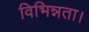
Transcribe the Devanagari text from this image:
विभिन्नता।